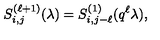
S _ { i , j } ^ { ( \ell + 1 ) } ( \lambda ) = S _ { i , j - \ell } ^ { ( 1 ) } ( q ^ { \ell } \lambda ) ,